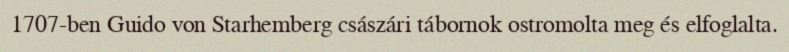
1707-ben Guido von Starhemberg császári tábornok ostromolta meg és elfoglalta.